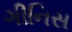
ગીનિસ